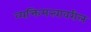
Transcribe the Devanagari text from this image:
व्यक्तिमत्त्वावरील